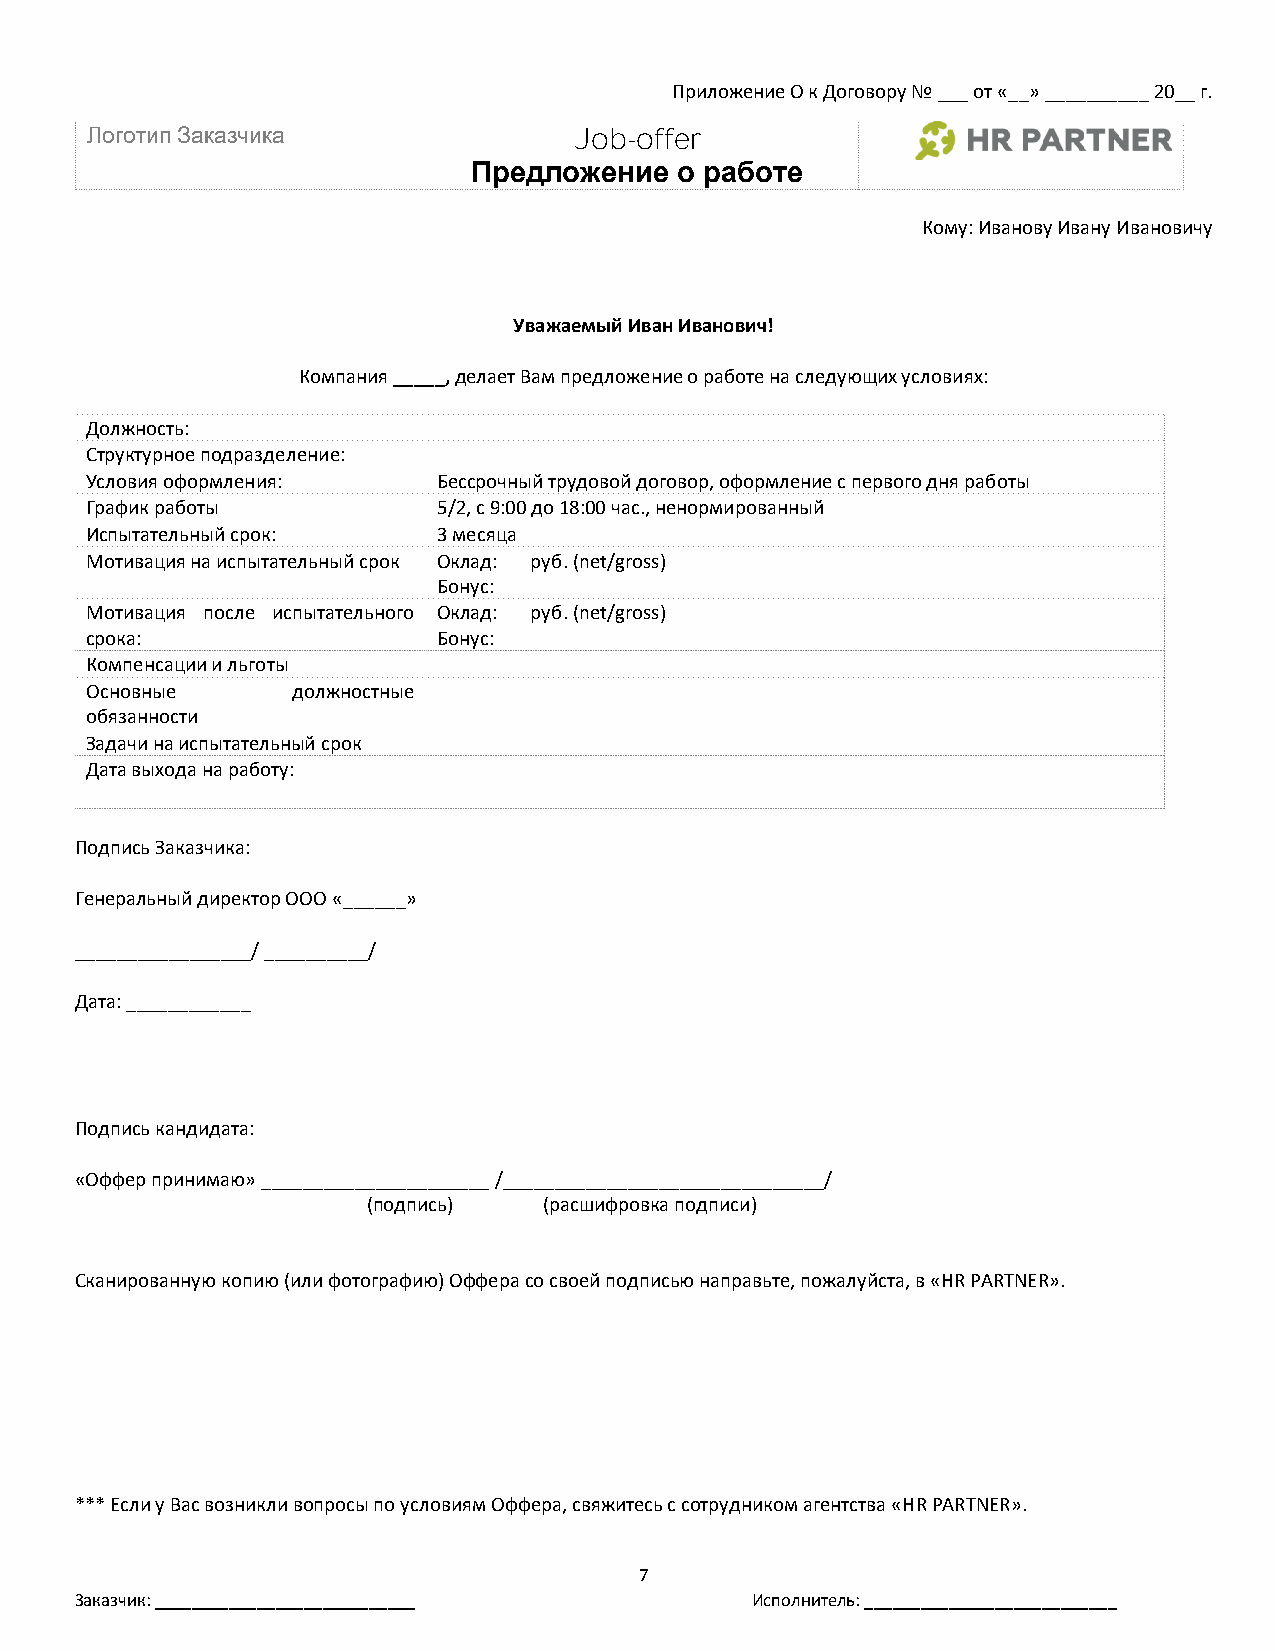
Приложение О к Договору № ___ от «__» __________ 20__ г.
 Логотип Заказчика               Job-offer
 Предложение   о работе
 Кому: Иванову Ивану Ивановичу
 Уважаемый Иван Иванович!
 Компания _____, делает Вам предложение о работе на следующих условиях:
 Должность:
 Структурное подразделение:
 Условия оформления:    Бессрочный трудовой договор, оформление с первого дня работы
 График работы          5/2, с 9:00 до 18:00 час., ненормированный
 Испытательный срок:    3 месяца
 Мотивация на испытательный срок Оклад: руб. (net/gross)
 Бонус:
 Мотивация после испытательного Оклад: руб. (net/gross)
 срока:                 Бонус:
 Компенсации и льготы
 Основные     должностные
 обязанности
 Задачи на испытательный срок
 Дата выхода на работу:
 Подпись Заказчика:
 Генеральный директор ООО «______»
 _________________/ __________/
 Дата: ____________
 Подпись кандидата:
 «Оффер принимаю» ______________________ /_______________________________/
 (подпись)   (расшифровка подписи)
 Сканированную копию (или фотографию) Оффера со своей подписью направьте, пожалуйста, в «HR PARTNER».
 *** Если у Вас возникли вопросы по условиям Оффера, свяжитесь с сотрудником агентства «HR PARTNER».
 7
 Заказчик: ____________________________       Исполнитель: ___________________________